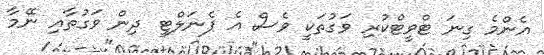
އެންމެ ގިނަ ޓްވީޓްކުރި ވަގުތަކީ ވެސް އެ ޕެނަލްޓީ ދިން ވަގުތާއި ނޭމާ